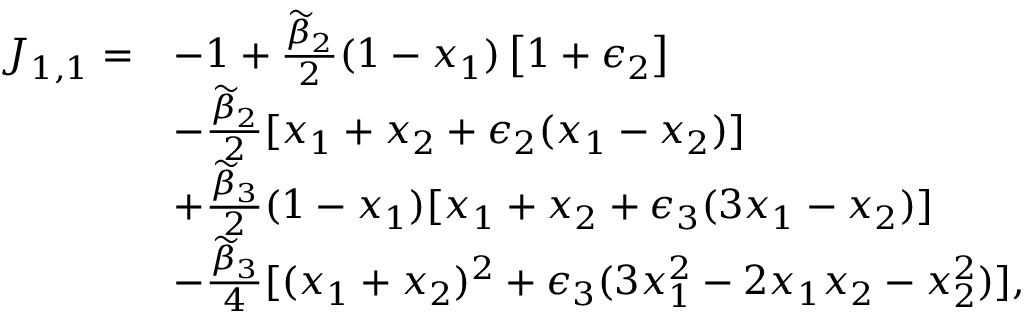
\begin{array} { r l } { J _ { 1 , 1 } = } & { - 1 + \frac { \widetilde { \beta } _ { 2 } } { 2 } ( 1 - x _ { 1 } ) \left[ 1 + \epsilon _ { 2 } \right] } \\ & { - \frac { \widetilde { \beta } _ { 2 } } { 2 } [ x _ { 1 } + x _ { 2 } + \epsilon _ { 2 } ( x _ { 1 } - x _ { 2 } ) ] } \\ & { + \frac { \widetilde { \beta } _ { 3 } } { 2 } ( 1 - x _ { 1 } ) [ x _ { 1 } + x _ { 2 } + \epsilon _ { 3 } ( 3 x _ { 1 } - x _ { 2 } ) ] } \\ & { - \frac { \widetilde { \beta } _ { 3 } } { 4 } [ ( x _ { 1 } + x _ { 2 } ) ^ { 2 } + \epsilon _ { 3 } ( 3 x _ { 1 } ^ { 2 } - 2 x _ { 1 } x _ { 2 } - x _ { 2 } ^ { 2 } ) ] , } \end{array}